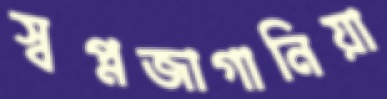
স্বপ্নজাগানিয়া